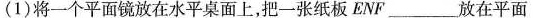
(1)将一个平面镜放在水平桌面上，把一张纸板ENF___放在平面